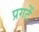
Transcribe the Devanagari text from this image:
प्रगटें